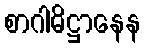
စာဂါဓိဋ္ဌာနေန